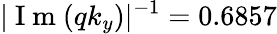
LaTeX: |\mathrm{~I~m~}(qk_{y})|^{-1}=0.6857